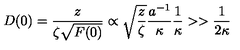
D ( 0 ) = \frac { z } { \zeta \sqrt { F ( 0 ) } } \propto \sqrt { \frac { z } { \zeta } } \frac { a ^ { - 1 } } { \kappa } \frac { 1 } { \kappa } > > \frac { 1 } { 2 \kappa }